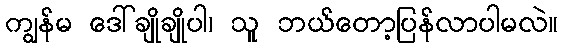
ကျွန်မ ဒေါ်ချိုချိုပါ၊ သူ ဘယ်တော့ပြန်လာပါမလဲ။